Indian journal of veterinary science and animal husbandry - Volume 8,
Year: 1938
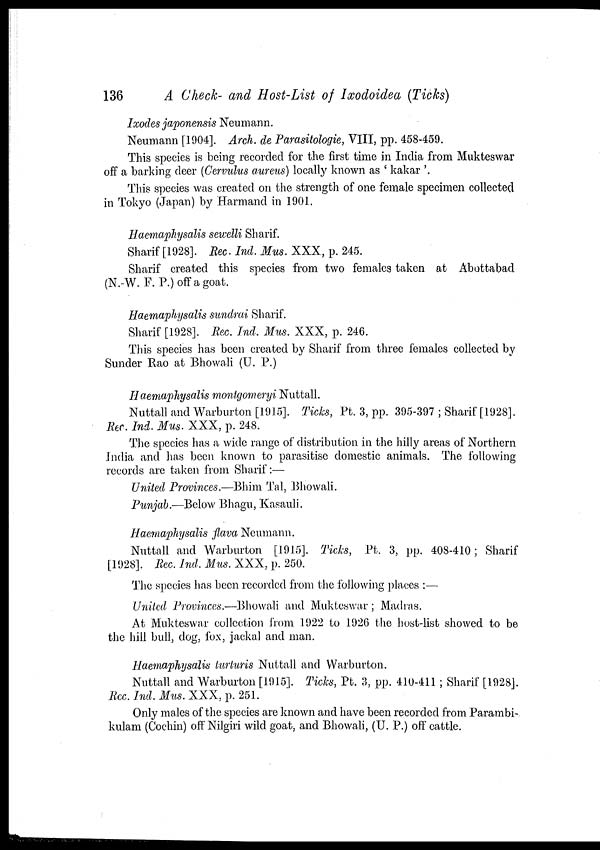
136
A Check- and Host-List of Ixodoidea (Ticks)
Ixodes japonensis Neumann.
Neumann [1904]. Arch. de Parasitologie, VIII, pp. 458-459.
This species is being recorded for the first time in India from Mukteswar
off a barking deer (Cervulus aureus) locally known as ' kakar '.
This species was created on the strength of one female specimen collected
in Tokyo (Japan) by Harmand in 1901.
Haemaphysalis sewelli Sharif.
Sharif [1928]. Rec. Ind. Mus. XXX, p. 245.
Sharif created this species from two females taken at Abottabad
(N.-W. F. P.) off a goat.
Haemaphysalis sundrai Sharif.
Sharif [1928]. Rec. Ind. Mus. XXX, p. 246.
This species has been created by Sharif from three females collected by
Sunder Rao at Bhowali (U. P.)
Haemaphysalis montgomeryi Nuttall.
Nuttall and Warburton [1915]. Ticks, Pt. 3, pp. 395-397 ; Sharif [1928].
Rec. Ind. Mus. XXX, p. 248.
The species has a wide range of distribution in the hilly areas of Northern
India and has been known to parasitise domestic animals. The following
records are taken from Sharif:—
United Provinces.—Bhim Tal, Bhowali.
Punjab.—Below Bhagu, Kasauli.
Haemaphysalis flava Neumann.
Nuttall and Warburton [1915]. Ticks, Pt. 3, pp. 408-410; Sharif
[1928]. Rec. Ind. Mus. XXX, p. 250.
The species has been recorded from the following places :—
United Provinces.—Bhowali and Mukteswar; Madras.
At Mukteswar collection from 1922 to 1926 the host-list showed to be
the hill bull, dog, fox, jackal and man.
Haemaphysalis turturis Nuttall and Warburton.
Nuttall and Warburton [1915]. Ticks, Pt. 3, pp. 410-411; Sharif [1928].
Rec. Ind. Mus. XXX, p. 251.
Only males of the species are known and have been recorded from Parambi-
kulam (Cochin) off Nilgiri wild goat, and Bhowali, (U. P.) off cattle.